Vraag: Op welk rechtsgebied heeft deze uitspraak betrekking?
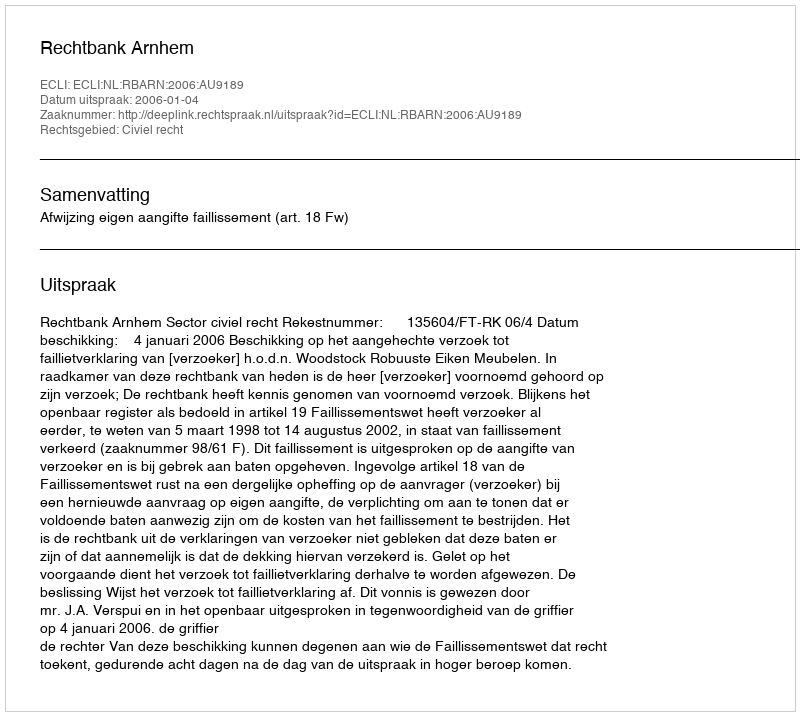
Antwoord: Civiel recht